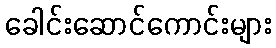
ခေါင်းဆောင်ကောင်းများ